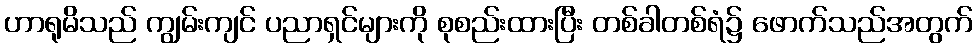
ဟာရုမိသည် ကျွမ်းကျင် ပညာရှင်များကို စုစည်းထားပြီး တစ်ခါတစ်ရံ၌ ဖောက်သည်အတွက်